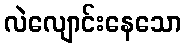
လဲလျောင်းနေသော